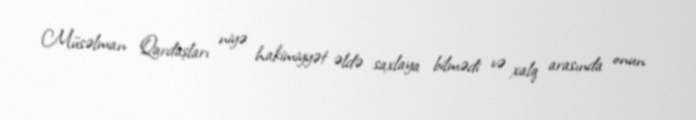
Müsəlman Qardaşları niyə hakimiyyət əldə saxlaya bilmədi və xalq arasında onun